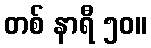
တစ် နာရီ ၅၀။